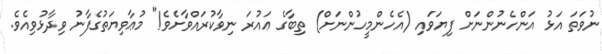
ނުވަތަ އަޅު އަންހެނުންނަށް ފިޔަވައި (އެހެންމީހުންނަށް) ތިބާގެ ޢައުރަ ނިވާކުރައްވާށެވެ!" މުޢާވިޔަތުގެފާނު ވިދާޅުވިއެވެ.